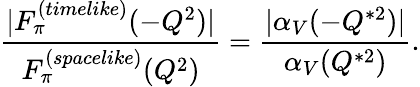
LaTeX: {\frac{|F_{\pi}^{(timelike)}(-Q^{2})|}{F_{\pi}^{(spacelike)}(Q^{2})}}={\frac{|\alpha_{V}(-Q^{*2})|}{\alpha_{V}(Q^{*2})}}.